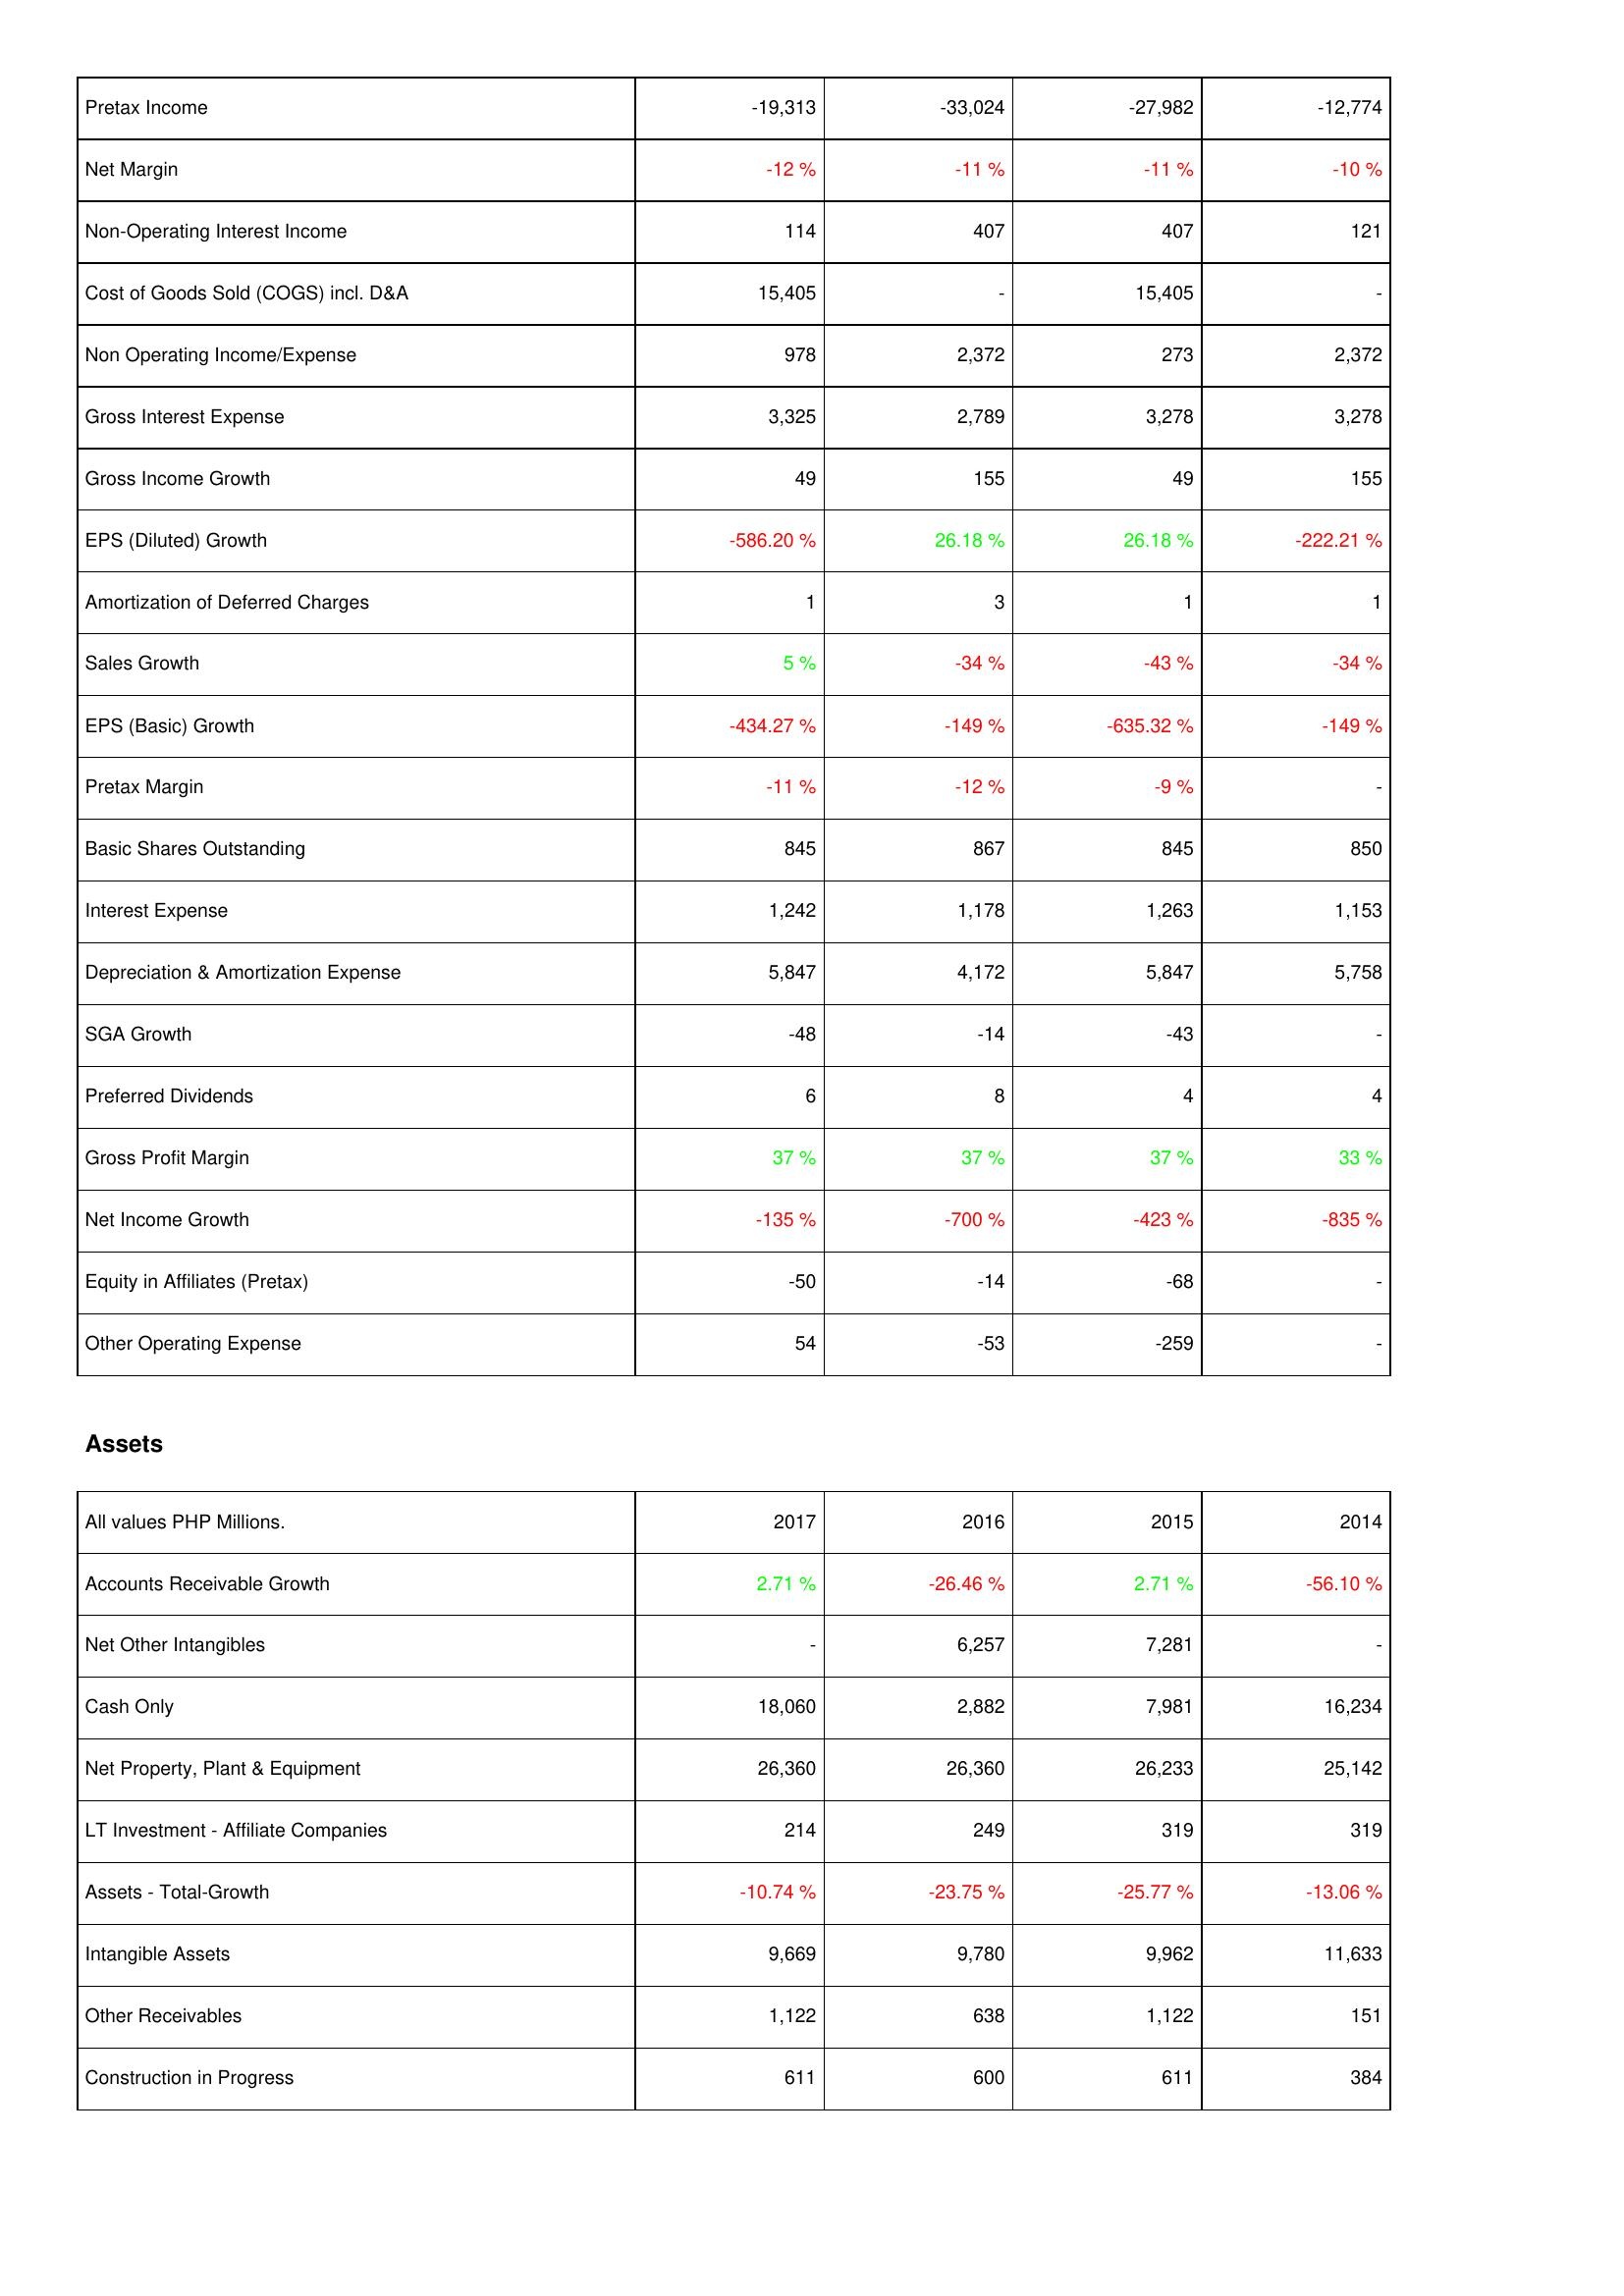
2017: Income Statement: Pretax Income: -19,313
Net Margin: -12 %
Non-Operating Interest Income: 114
Cost of Goods Sold (COGS) incl. D&A: 15,405
Non Operating Income/Expense: 978
Gross Interest Expense: 3,325
Gross Income Growth: 49
EPS (Diluted) Growth: -586.20 %
Amortization of Deferred Charges: 1
Sales Growth: 5 %
EPS (Basic) Growth: -434.27 %
Pretax Margin: -11 %
Basic Shares Outstanding: 845
Interest Expense: 1,242
Depreciation & Amortization Expense: 5,847
SGA Growth: -48
Preferred Dividends: 6
Gross Profit Margin: 37 %
Net Income Growth: -135 %
Equity in Affiliates (Pretax): -50
Other Operating Expense: 54
Assets: Accounts Receivable Growth: 2.71 %
Net Other Intangibles: -
Cash Only: 18,060
Net Property, Plant & Equipment: 26,360
LT Investment - Affiliate Companies: 214
Assets - Total-Growth: -10.74 %
Intangible Assets: 9,669
Other Receivables: 1,122
Construction in Progress: 611
2016: Income Statement: Pretax Income: -33,024
Net Margin: -11 %
Non-Operating Interest Income: 407
Cost of Goods Sold (COGS) incl. D&A: -
Non Operating Income/Expense: 2,372
Gross Interest Expense: 2,789
Gross Income Growth: 155
EPS (Diluted) Growth: 26.18 %
Amortization of Deferred Charges: 3
Sales Growth: -34 %
EPS (Basic) Growth: -149 %
Pretax Margin: -12 %
Basic Shares Outstanding: 867
Interest Expense: 1,178
Depreciation & Amortization Expense: 4,172
SGA Growth: -14
Preferred Dividends: 8
Gross Profit Margin: 37 %
Net Income Growth: -700 %
Equity in Affiliates (Pretax): -14
Other Operating Expense: -53
Assets: Accounts Receivable Growth: -26.46 %
Net Other Intangibles: 6,257
Cash Only: 2,882
Net Property, Plant & Equipment: 26,360
LT Investment - Affiliate Companies: 249
Assets - Total-Growth: -23.75 %
Intangible Assets: 9,780
Other Receivables: 638
Construction in Progress: 600
2015: Income Statement: Pretax Income: -27,982
Net Margin: -11 %
Non-Operating Interest Income: 407
Cost of Goods Sold (COGS) incl. D&A: 15,405
Non Operating Income/Expense: 273
Gross Interest Expense: 3,278
Gross Income Growth: 49
EPS (Diluted) Growth: 26.18 %
Amortization of Deferred Charges: 1
Sales Growth: -43 %
EPS (Basic) Growth: -635.32 %
Pretax Margin: -9 %
Basic Shares Outstanding: 845
Interest Expense: 1,263
Depreciation & Amortization Expense: 5,847
SGA Growth: -43
Preferred Dividends: 4
Gross Profit Margin: 37 %
Net Income Growth: -423 %
Equity in Affiliates (Pretax): -68
Other Operating Expense: -259
Assets: Accounts Receivable Growth: 2.71 %
Net Other Intangibles: 7,281
Cash Only: 7,981
Net Property, Plant & Equipment: 26,233
LT Investment - Affiliate Companies: 319
Assets - Total-Growth: -25.77 %
Intangible Assets: 9,962
Other Receivables: 1,122
Construction in Progress: 611
2014: Income Statement: Pretax Income: -12,774
Net Margin: -10 %
Non-Operating Interest Income: 121
Cost of Goods Sold (COGS) incl. D&A: -
Non Operating Income/Expense: 2,372
Gross Interest Expense: 3,278
Gross Income Growth: 155
EPS (Diluted) Growth: -222.21 %
Amortization of Deferred Charges: 1
Sales Growth: -34 %
EPS (Basic) Growth: -149 %
Pretax Margin: -
Basic Shares Outstanding: 850
Interest Expense: 1,153
Depreciation & Amortization Expense: 5,758
SGA Growth: -
Preferred Dividends: 4
Gross Profit Margin: 33 %
Net Income Growth: -835 %
Equity in Affiliates (Pretax): -
Other Operating Expense: -
Assets: Accounts Receivable Growth: -56.10 %
Net Other Intangibles: -
Cash Only: 16,234
Net Property, Plant & Equipment: 25,142
LT Investment - Affiliate Companies: 319
Assets - Total-Growth: -13.06 %
Intangible Assets: 11,633
Other Receivables: 151
Construction in Progress: 384